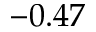
- 0 . 4 7